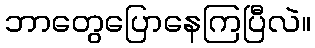
ဘာတွေပြောနေကြပြီလဲ။